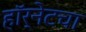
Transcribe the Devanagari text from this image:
हॉर्नेटचा